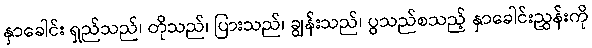
နှာခေါင်း ရှည်သည်၊ တိုသည်၊ ပြားသည်၊ ချွန်းသည်၊ ပွသည်စသည့် နှာခေါင်းညွှန်းကို